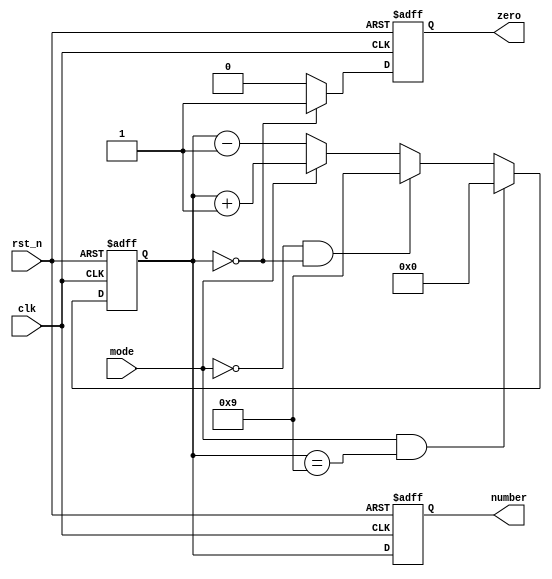
//numberzeronumber0
`timescale 1ns/1ns

module count_module(
	input clk,
	input rst_n,
	input mode,
	output reg [3:0]number,
	output reg zero
	);
reg [3:0] num;
always @(posedge clk or negedge rst_n)
begin
if(!rst_n)
number<=0;
else
number<=num;
end

always @(posedge clk or negedge rst_n)
begin
if(!rst_n)
num<=0;
else if(mode&&num==9)
num<=0;
else if(!mode&&num==0)
num<=9;
else if(mode)
num<=num+1;
else if(!mode)
num<=num-1;
end

always @(posedge clk or negedge rst_n)
begin
if(!rst_n)
zero<=0;
else if(num==0)
zero<=1;
else
zero<=0;
end
endmodule